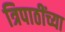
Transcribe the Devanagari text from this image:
त्रिपाठींच्या